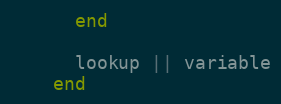
Language: Ruby
      end

      lookup || variable
    end